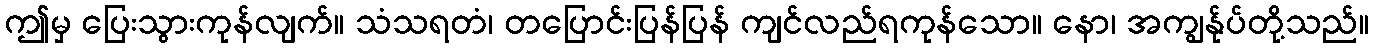
ဤမှ ပြေးသွားကုန်လျက်။ သံသရတံ၊ တပြောင်းပြန်ပြန် ကျင်လည်ရကုန်သော။ နော၊ အကျွန်ုပ်တို့သည်။